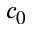
c _ { 0 }